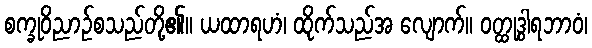
စက္ခုဝိညာဉ်စသည်တို့၏။ ယထာရဟံ၊ ထိုက်သည်အ လျောက်။ ဝတ္ထုဒွါရဘာဝံ၊